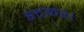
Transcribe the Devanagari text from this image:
हटकर।